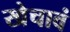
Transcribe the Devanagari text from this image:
खेचावं